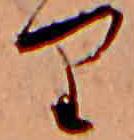
り